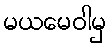
မယမေဝါမှ